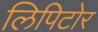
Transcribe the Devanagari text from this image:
लिपिटोर